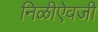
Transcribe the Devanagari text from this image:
निळीऐवजी